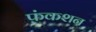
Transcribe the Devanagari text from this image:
फ़ंकशन